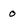
Character: 0